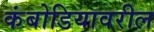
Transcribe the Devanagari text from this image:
कंबोडियावरील